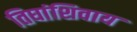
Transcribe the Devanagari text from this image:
तिघांशिवाय